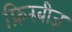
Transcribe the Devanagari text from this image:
फ्रिस्बीज़